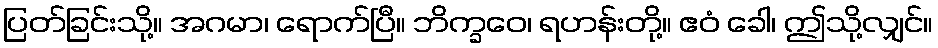
ပြတ်ခြင်းသို့။ အဂမာ၊ ရောက်ပြီ။ ဘိက္ခဝေ၊ ရဟန်းတို့။ ဧဝံ ခေါ၊ ဤသို့လျှင်။